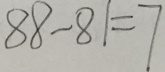
8 8 - 8 1 = 7